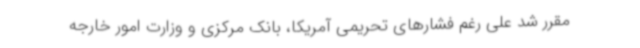
مقرر شد علی رغم فشارهای تحریمی آمریکا، بانک مرکزی و وزارت امور خارجه